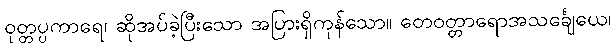
ဝုတ္တပ္ပကာရေ၊ ဆိုအပ်ခဲ့ပြီးသော အပြားရှိကုန်သော။ တေဝတ္တာရောအသင်္ချေယေ၊